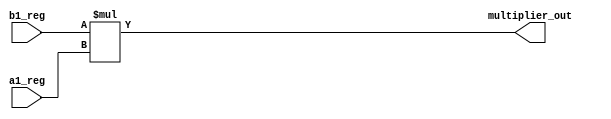
module multiplier (
	input [17:0] b1_reg, a1_reg,
	output [35:0] multiplier_out );

       assign multiplier_out = b1_reg*a1_reg;

endmodule